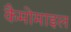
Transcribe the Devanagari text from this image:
कैमोमाइल